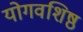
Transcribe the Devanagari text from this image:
योगवशिष्ठ